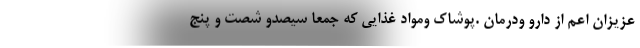
عزیزان اعم از دارو ودرمان .پوشاک ومواد غذایی که جمعا سیصدو شصت و پنج